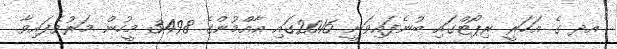
އދ ގެ އަހަރީ ރިޕޯޓްގައި ބުނެފައިވަނީ 2016ގައި އާއްމުންގެ 3498 މީހުން މަރުވެފައިވާ